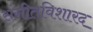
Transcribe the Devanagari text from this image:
संगीतविशारद